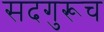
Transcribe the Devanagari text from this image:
सदगुरूच